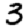
Digit: 3